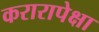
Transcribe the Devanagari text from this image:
करारापेक्षा